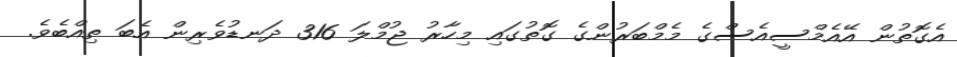
އެގޮތުން އޭއެމްސީއެސްގެ މެމްބަރުންގެ ގޮތުގައި މިހާރު ޖުމްލަ 316 ދަނޑުވެރިން އެބަ ތިއްބެވެ.